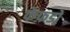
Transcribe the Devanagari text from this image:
फेफ़डों